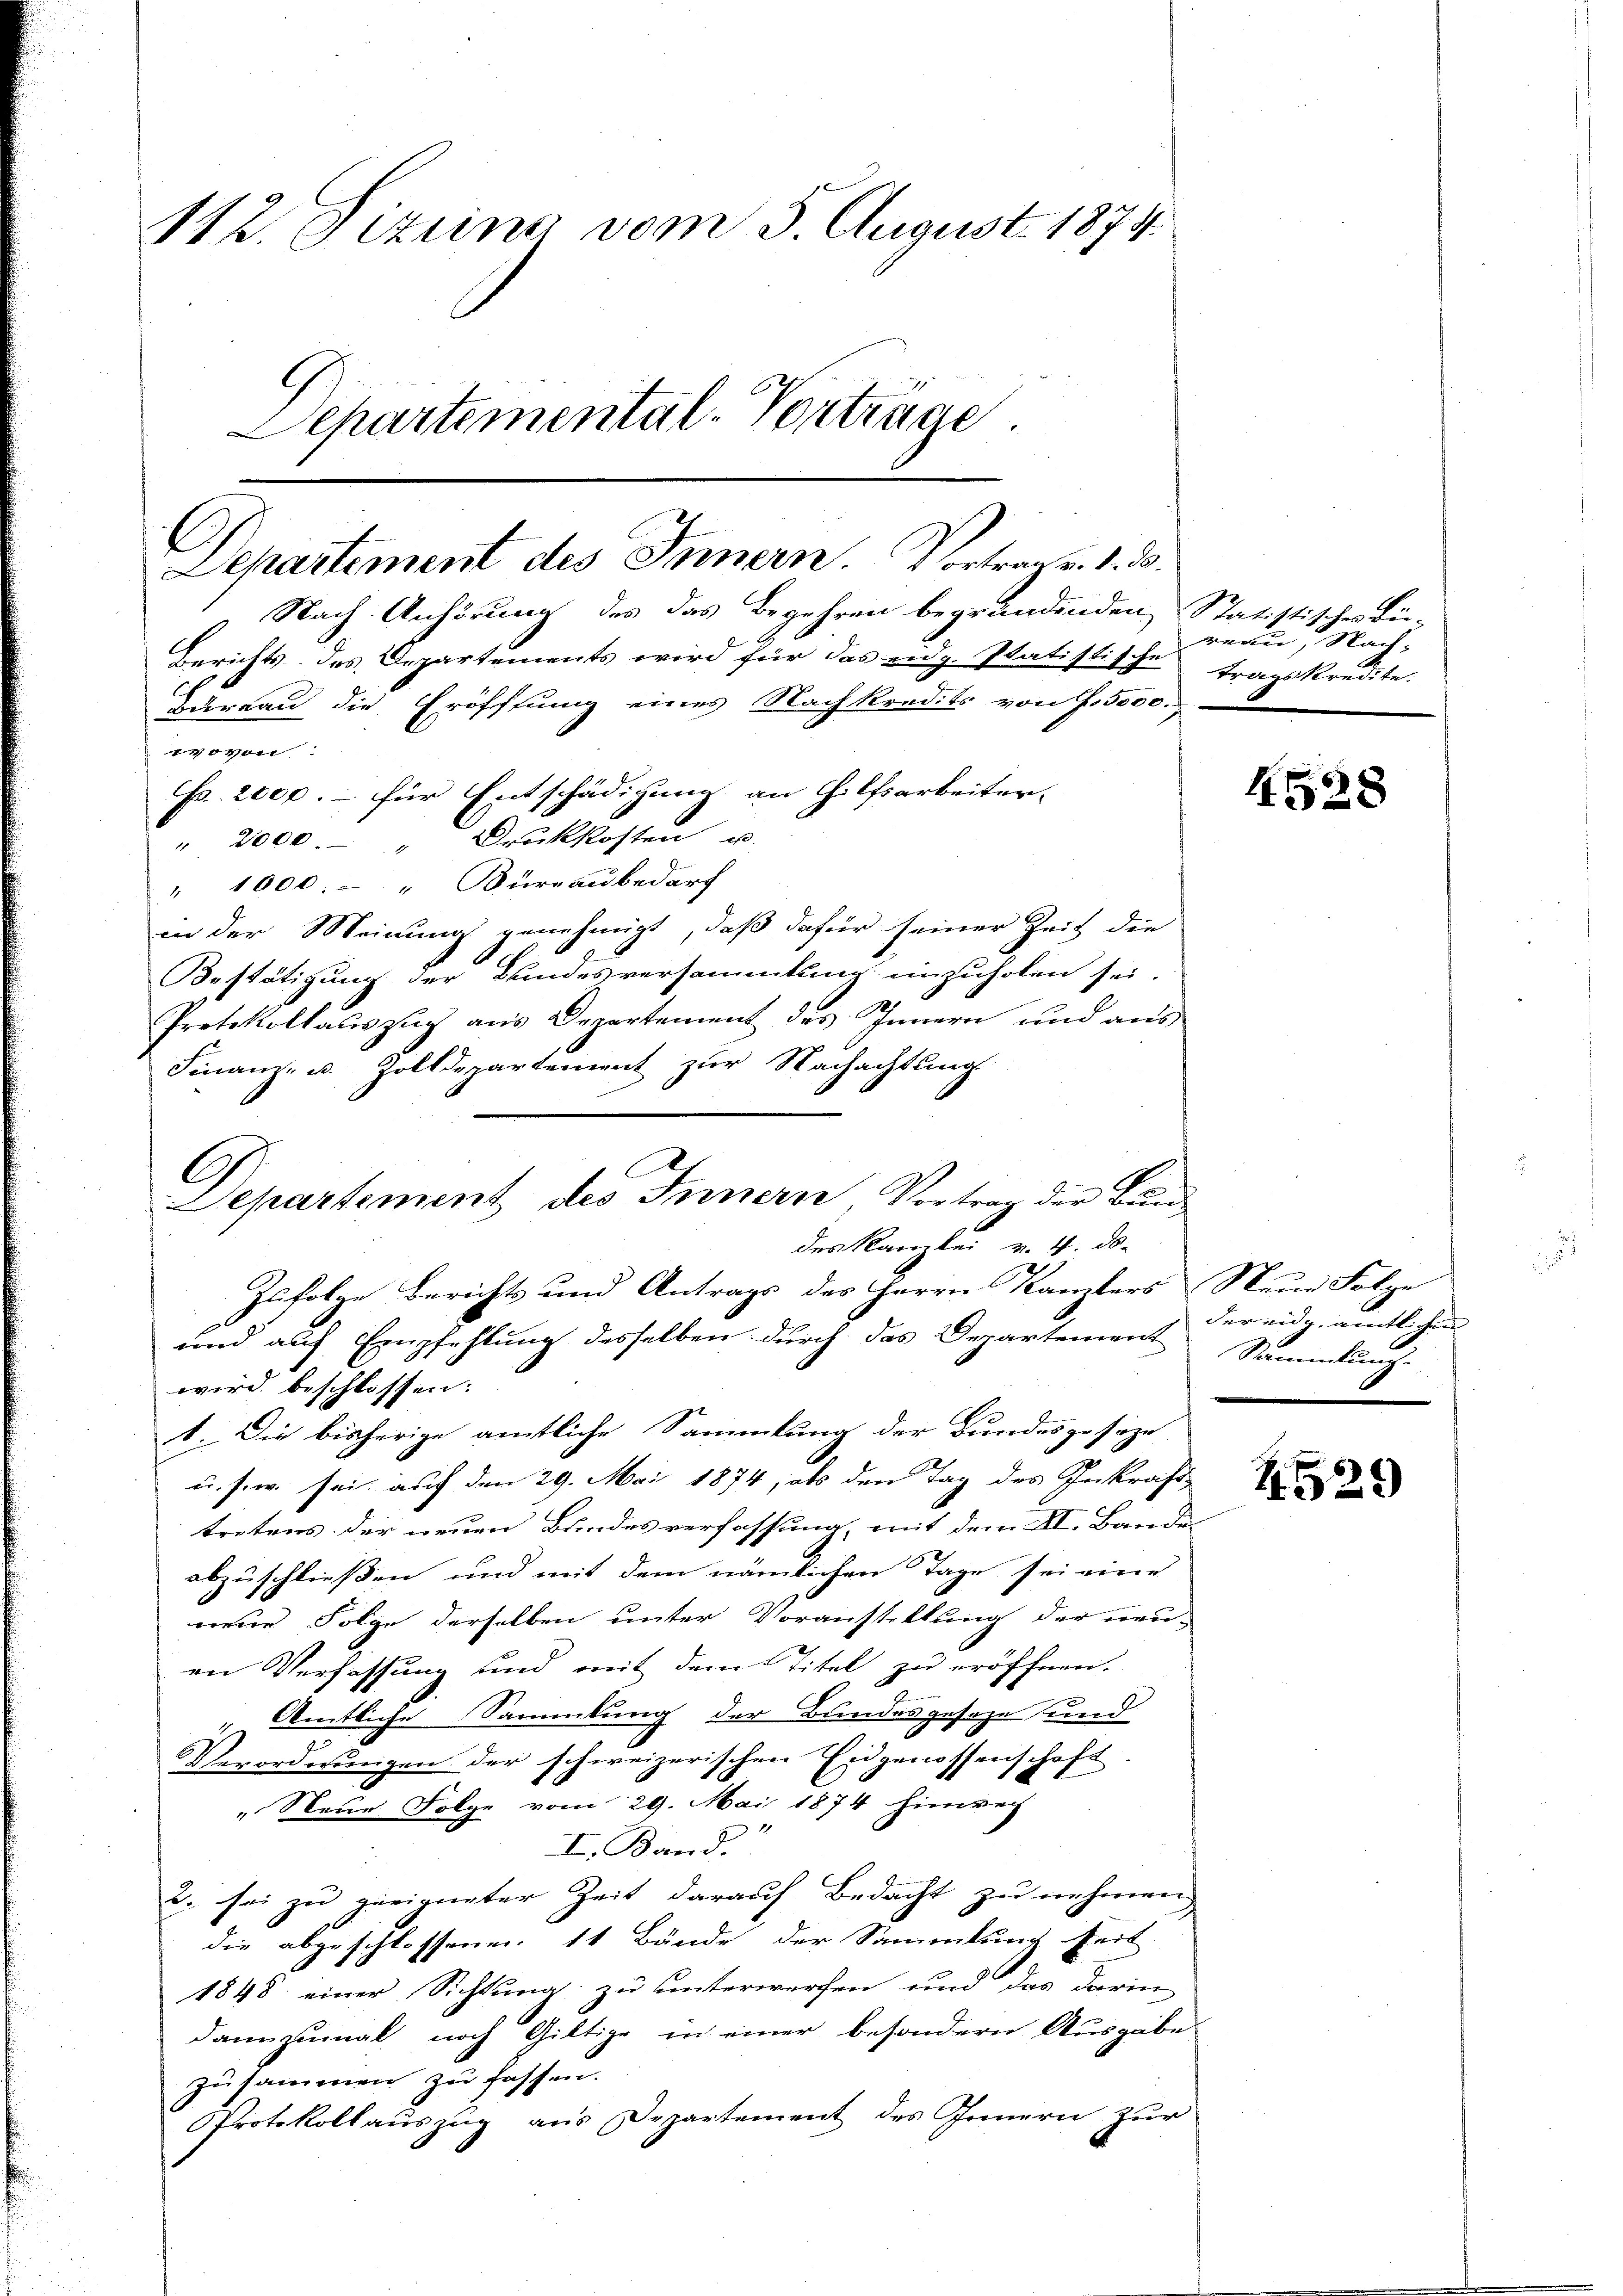
112. Jizung vom 5. August 1874.
Departemental-Vorträge.

l.
Departement des Innern. Vortrag v. 1. d.

Nach Anhörung des das Begehren begründenden Statistisches Dü-
Berichts des Departements wird für das eidg. statistische tragskreute.
dareau die Eröfffung eines Nachkredits von f. 5500.
wovon
Fr. 2000.- für Entschädigung an Hilfsarbeiter-
" 2000 Druckkosten u.
" 1000. - " Büreaubedarf
in der Meinung genehmigt, daß dafür seiner Zeit die
Bestätigung der Bundesversammlung einzuholen sei.
Protokollauszug aus Departement des Innern und aus
Finanz- u. Zolldepartement zur Nachachtung
G

Departement des Innern, Vortrag der Bundes Kanzlei v. 4. ds.

reau, Nach-

Zufolge Berichts und Antrags des Herrn Kanzlers Neue Folge
und auf Empfehlung desselben durch das Departement Sammlung.
wird beschlossen:
1. Die bisherige amtliche Sammlung der Bundesgeseze
u. s. w. sei, auf den 29. Mai 1874, als den Tag des Inkraft-
tretens der neuen Bundesverfassung, mit dem XI. Bande |
abzuschließen und mit dem nämlichen Tage sei eine
neue Folge derselben unter Voranstellung der neu-
en Verfassung und mit dem Titel zu eröffnen.
" Amtliche Sammlung der Bundesgeseze und
Verordnungen der schweizerischen Eidgenossenschaft.
„Neue Folge vom 29. Mai 1874 hinweis
I. Band.“
2. sei zu geeigneter Zeit darauf Bedacht zu nehmen
die abgeschlossenen 11 Bände der Sammlung seit
1848 einer Sichtung zu unterwerfen und das darin
dannzumal noch Giltige in einer besondern Ausgabe
zusammen zu fassen.
Protokollauszug aus Departement des Innern zur

H528

der eidg. amtlichen

4529